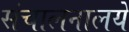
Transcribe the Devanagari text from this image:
संचालनालये